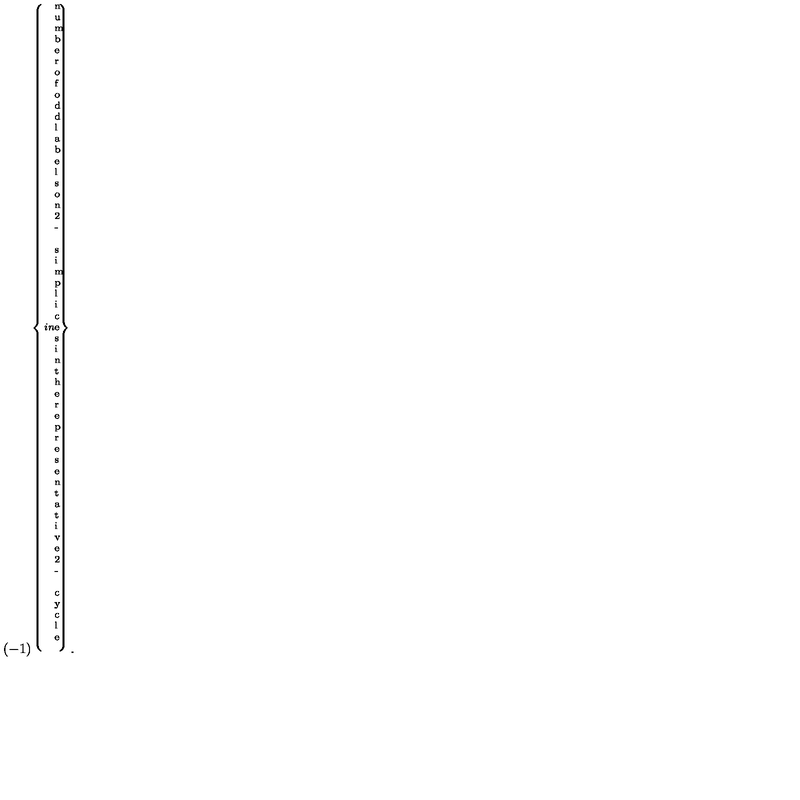
( - 1 ) ^ { \left\{ \parbox [ b ] { 2 i n } { \scriptsize \mathrm { n u m b e r o f o d d l a b e l s o n 2 - s i m p l i c e s i n t h e r e p r e s e n t a t i v e 2 - c y c l e } } \right\} } .